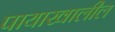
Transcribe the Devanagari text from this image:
पायाखालील